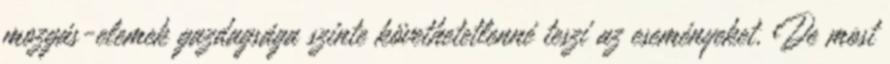
mozgás-elemek gazdagsága szinte követhetetlenné teszi az eseményeket. De most